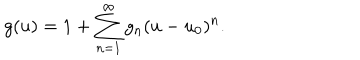
g ( u ) = 1 + \sum _ { n = 1 } ^ { \infty } g _ { n } ( u - u _ { 0 } ) ^ { n } .